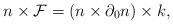
LaTeX: \begin{align*}n\times {\cal F}=(n\times\partial_0 n)\times k,\end{align*}